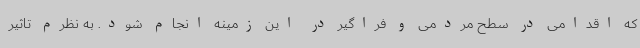
که اقدامی در سطح مردمی و فراگیر در این زمینه انجام شود. به نظرم تاثیر